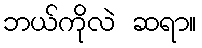
ဘယ်ကိုလဲ ဆရာ။